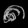
Digit: ၈